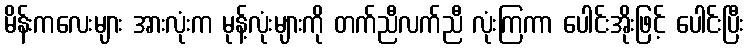
မိန်းကလေးများ အားလုံးက မုန့်လုံးများကို တက်ညီလက်ညီ လုံးကြကာ ပေါင်းအိုးဖြင့် ပေါင်းပြီး